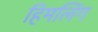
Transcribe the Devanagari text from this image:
हिमलिंग